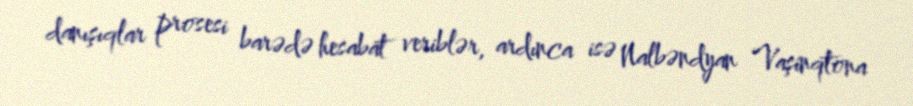
danışıqlar prosesi barədə hesabat veriblər, ardınca isə Nalbəndyan Vaşinqtona